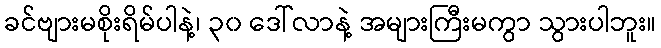
ခင်ဗျားမစိုးရိမ်ပါနဲ့၊ ၃၀ ဒေါ်လာနဲ့ အများကြီးမကွာ သွားပါဘူး။